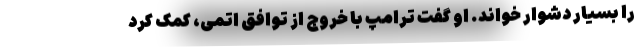
را بسیار دشوار خواند. او گفت ترامپ با خروج از توافق اتمی، کمک کرد